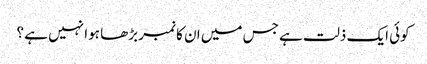
کوئی ایک ذلت ہے جس میں ان کا نمبر بڑھا ہوا نہیں ہے ؟